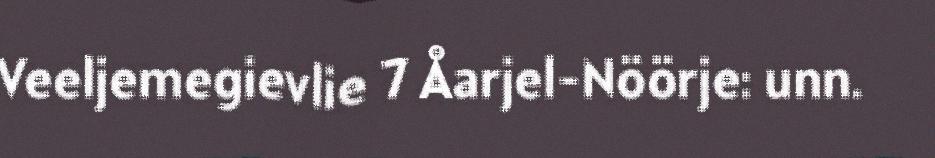
Veeljemegievlie 7 Åarjel-Nöörje: unn.